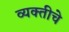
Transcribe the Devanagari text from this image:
व्यक्‍तीचे